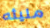
مليئه